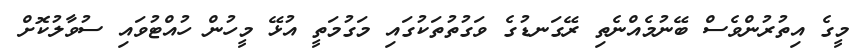
މީގެ އިތުރުންވެސް ބޭނުމެއްނެތި ރޭގަނޑުގެ ވަގުތުތަކުގައި މަގުމަތީ އުޅޭ މީހުން ހުއްޓުވައި ސުވާލުކޮށް